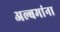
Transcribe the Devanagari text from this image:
अल्बमांना